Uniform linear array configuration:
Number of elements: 4
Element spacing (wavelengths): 0.5
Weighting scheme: binomial
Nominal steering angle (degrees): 30
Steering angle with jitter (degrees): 30.223
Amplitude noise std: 0.05
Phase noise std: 0.05

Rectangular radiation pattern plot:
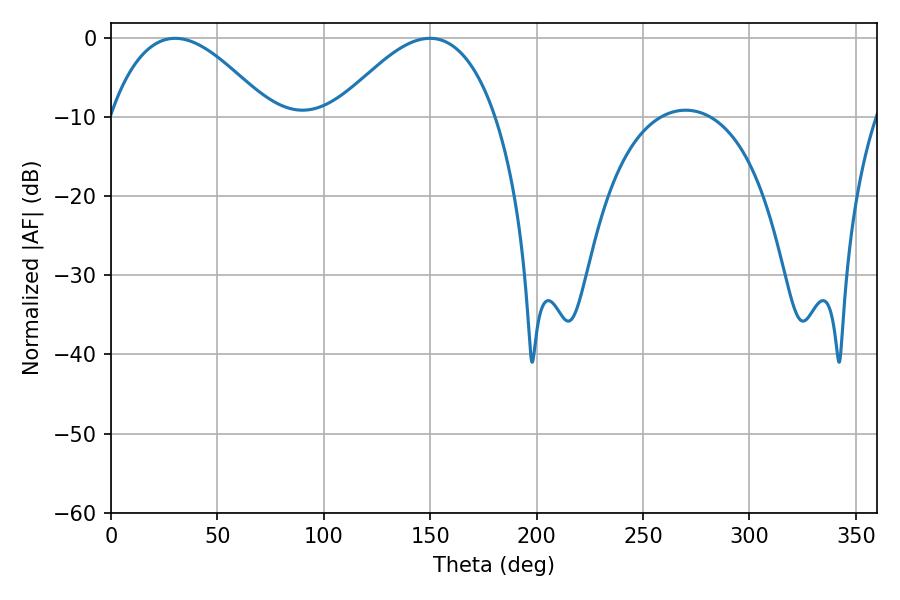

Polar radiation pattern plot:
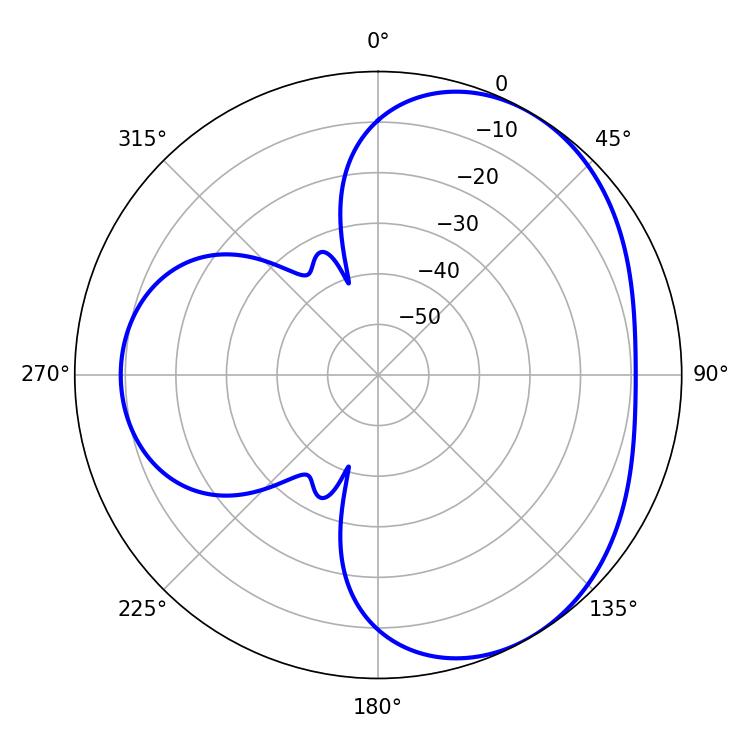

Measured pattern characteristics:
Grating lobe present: FALSE
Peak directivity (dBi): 3.979
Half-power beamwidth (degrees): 40.86
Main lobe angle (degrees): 30.06